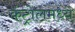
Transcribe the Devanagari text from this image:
कंट्रोलमध्ये